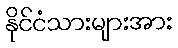
နိုင်ငံသားများအား